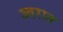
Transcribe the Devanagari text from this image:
ज्वरात